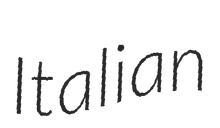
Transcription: Italian